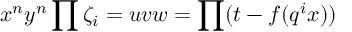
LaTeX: x ^ { n } y ^ { n } \prod \zeta _ { i } = u v w = \prod ( t - f ( q ^ { i } x ) )